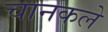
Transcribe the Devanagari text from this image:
चानकले